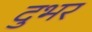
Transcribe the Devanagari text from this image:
दुभर